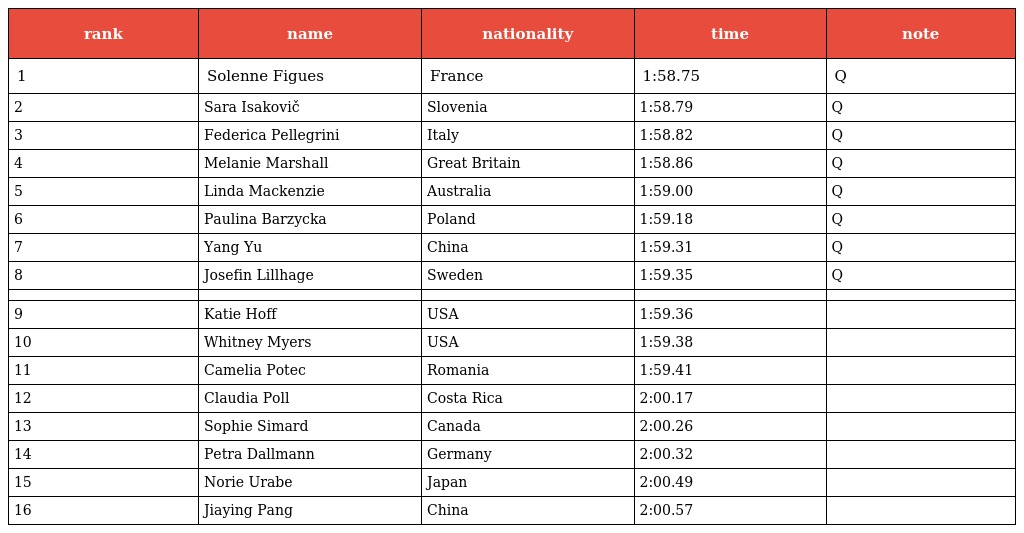
| rank | name | nationality | time | note |
 | --- | --- | --- | --- | --- |
 | 1 | Solenne Figues | France | 1:58.75 | Q |
 | 2 | Sara Isakovič | Slovenia | 1:58.79 | Q |
 | 3 | Federica Pellegrini | Italy | 1:58.82 | Q |
 | 4 | Melanie Marshall | Great Britain | 1:58.86 | Q |
 | 5 | Linda Mackenzie | Australia | 1:59.00 | Q |
 | 6 | Paulina Barzycka | Poland | 1:59.18 | Q |
 | 7 | Yang Yu | China | 1:59.31 | Q |
 | 8 | Josefin Lillhage | Sweden | 1:59.35 | Q |
 |  |  |  |  |  |
 | 9 | Katie Hoff | USA | 1:59.36 |  |
 | 10 | Whitney Myers | USA | 1:59.38 |  |
 | 11 | Camelia Potec | Romania | 1:59.41 |  |
 | 12 | Claudia Poll | Costa Rica | 2:00.17 |  |
 | 13 | Sophie Simard | Canada | 2:00.26 |  |
 | 14 | Petra Dallmann | Germany | 2:00.32 |  |
 | 15 | Norie Urabe | Japan | 2:00.49 |  |
 | 16 | Jiaying Pang | China | 2:00.57 |  |